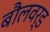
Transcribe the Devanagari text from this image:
बौलवर्ड